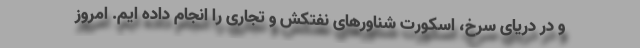
و در دریای سرخ، اسکورت شناورهای نفتکش و تجاری را انجام داده ایم. امروز